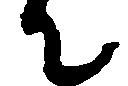
て